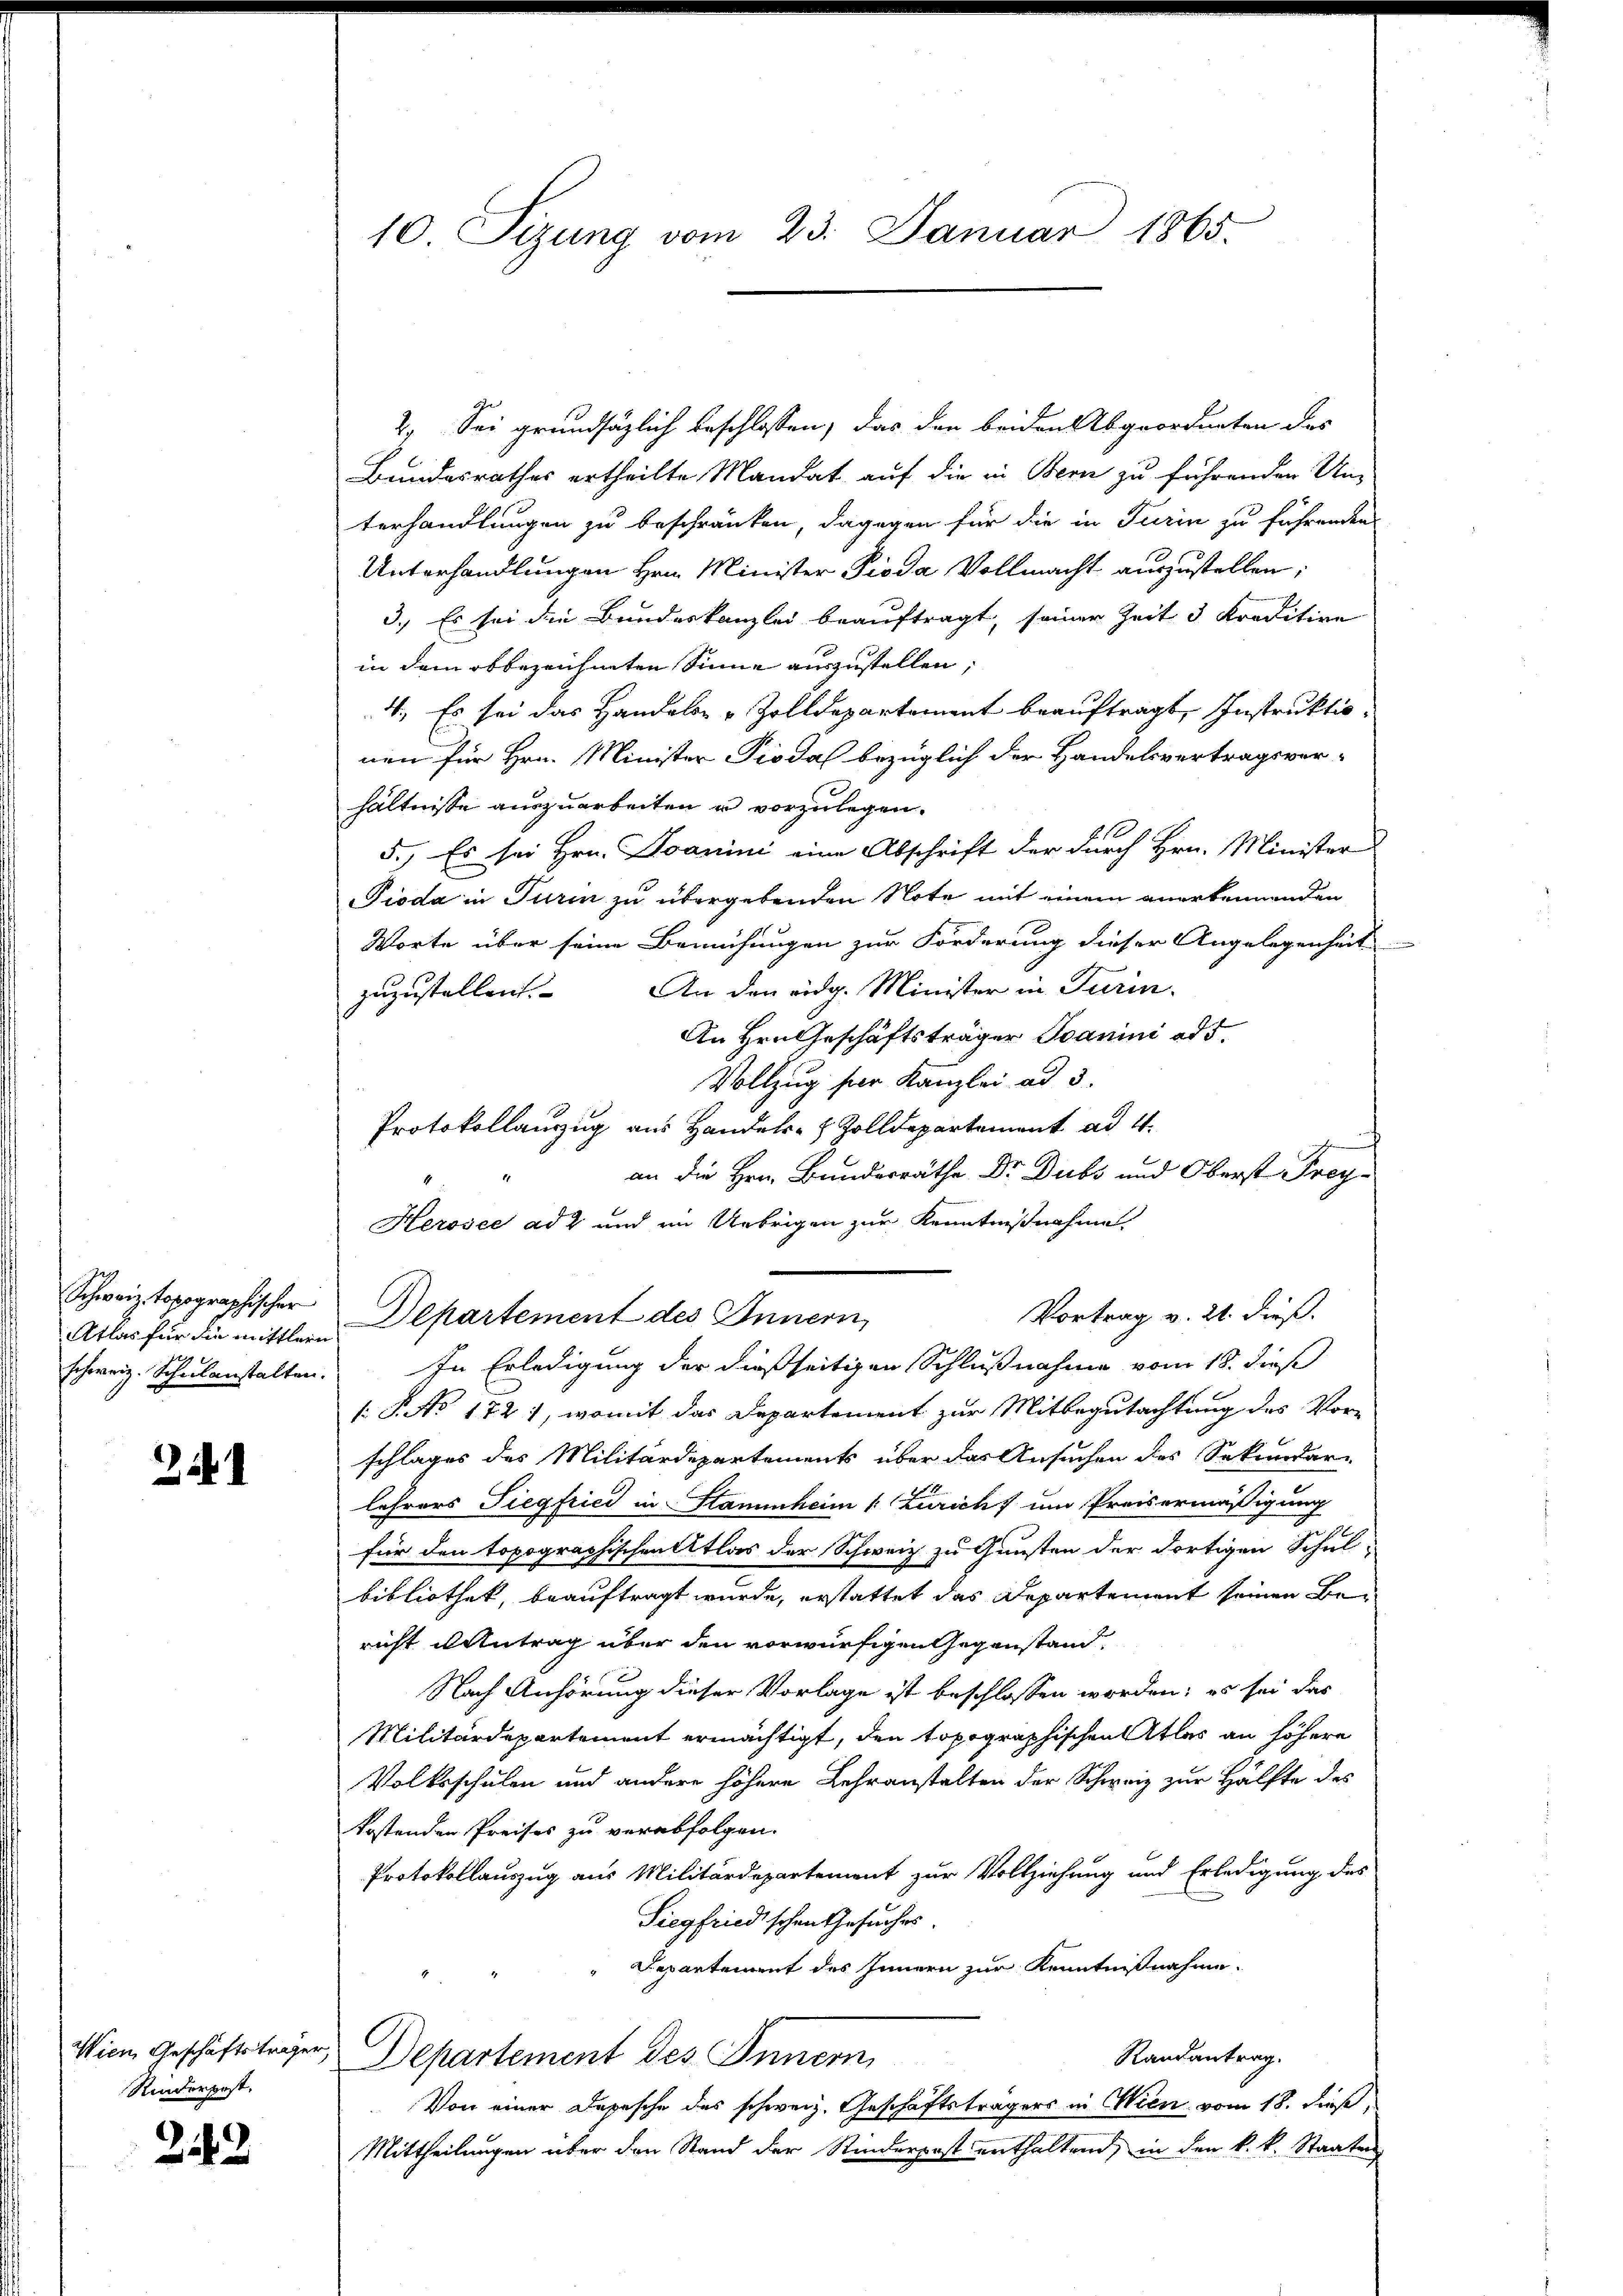
Schweiz topographischer
schweiz. Schulanstalten.

2

Wien, Geschäftsträger,
Rinderpost.

243

10 Sizung vom 23. Januar 1865.

2. Sei grundsätzlich beschlossen, das den beiden Abgeordneten des
Bundesrathes ertheilte Mandat auf die in Bern zu führenden Unterhandlungen zu beschränken, dagegen für die in Turin zu führenden
Unterhandlungen Hrn. Minister Pioda Vollmacht auszustellen;
3.) Es sei die Bundeskanzlei beauftragt, seiner Zeit 3 Kreditive
in dem obbezeichneten Sinne auszustellen,
4., Es sei das Handels- u. Zolldepartement beauftragt, Instruktionen für Hrn. Minister Piodah bezüglich der Handelsvertragsver-
hältnisse auszuarbeiten u vorzulegen.
5.) Es sei Hrn. Joanini eine Abschrift der durch Hrn. Minister
Pioda in Turin zu übergebenden Note mit einem anerkennenden
Worte über seine Bemühungen zur Förderung dieser Angelegenheit
zuzustellen. An den eidg. Minister in Turin
An Hrn Geschäftsträger Ivanini ad 5.
Vollzug für Kanzlei ad 3.
Protokollauszug aus Handels- & Zolldepartement ad 1.
an die Hrn. Bundesräthe Dr. Dubs und Oberst Frey¬
Herosee ad 2 und im Uebrigen zur Kenntnißnahme
Vortrag v. 21. dieß.
Atlas für die mittler Departement des Innern,
In Erledigung der dießseitigen Schlußnahme vom 18. dieß
s: P. No 1721, womit das Departement zur Mitbegutachtung des Vor-
schlages des Militärdepartements über das Ansuchen des Sekundar-
lehrers Siegfried in Stammheim (: Züricht um Preisermäßigung
für den topographischen Atlas der Schweiz zu Gunsten der dortigen Schul-
bibliothek, beauftragt wurde, erstattet das Departement seinen Bericht in Antrag über den vorwürfigen Gegenstand
Nach Anhörung dieser Vorlage ist beschlossen worden; es sei das
Militärdepartement ermächtigt, den topographischen Atlas an höhere
Volksschulen und andere höhere Lehranstalten der Schweiz zur Hälfte des
kostenden Preises zu verabfolgen.
Protokollauszug aus Militärdepartement zur Vollziehung und Erledigung des
Siegfriedischen Gesuches.
Departement des Innern zur Kenntnißnahme.
Randantrag.
Departement des Innern
Von einer Depesche des schweiz. Geschäftsträgers in Wien vom 18. dieß,
Mittheilungen über den Stand der Kinderpost enthaltend, in den k. k. Staaten